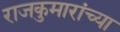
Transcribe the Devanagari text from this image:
राजकुमारांच्या